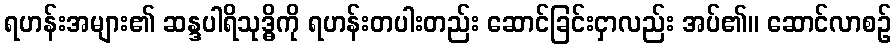
ရဟန်းအများ၏ ဆန္ဒပါရိသုဒ္ဓိကို ရဟန်းတပါးတည်း ဆောင်ခြင်းငှာလည်း အပ်၏။ ဆောင်လာစဉ်